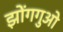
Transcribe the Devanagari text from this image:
झोंगगुओ